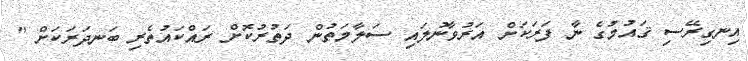
އިނގިރޭސި ޤައުމުގެ ނާ ފަރަކަށް އަރުވާނުލައި ސަލާމަތުން ދަތުރުކޮށް ރައްކައުތެރި ބަނދަރަކަށް "